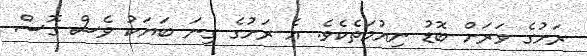
ރަށުގެ ވަރަށް ބޮޑު ނިއުމަތެކެވެ. އެ ރަށުގެ ގިނަ ބަޔަކު ވެސް ގޮސް